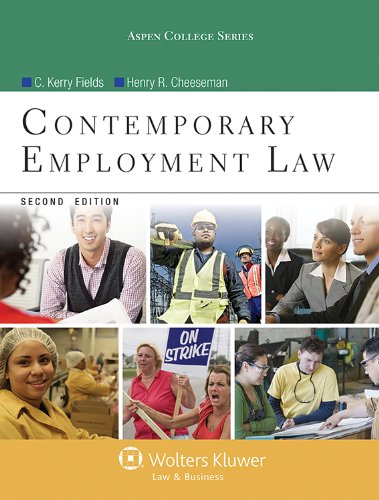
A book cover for Contemporary Employment Law, Second Edition (Aspen College); C. Kevin Fields; Law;